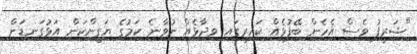
"ޝަރީފު ވެސް އެހެން ބޭފުޅެއް ކައިރީގައި ވިދާޅެއް ނުވާނެ ކަމުގެ ޔަގީންކަން އަޅުގަނޑަށް